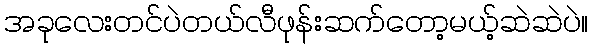
အခုလေးတင်ပဲတယ်လီဖုန်းဆက်တော့မယ့်ဆဲဆဲပဲ။